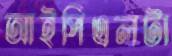
আইপিএলটা